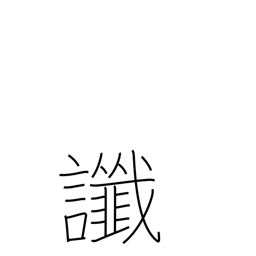
Meaning: omen